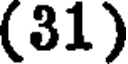
(31)